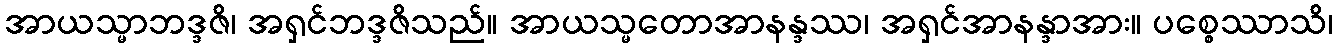
အာယသ္မာဘဒ္ဒဇိ၊ အရှင်ဘဒ္ဒဇိသည်။ အာယသ္မတောအာနန္ဒဿ၊ အရှင်အာနန္ဒာအား။ ပစ္စေဿာသိ၊